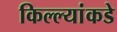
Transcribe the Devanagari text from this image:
किल्ल्यांकडे